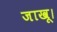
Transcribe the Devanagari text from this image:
जाखू।